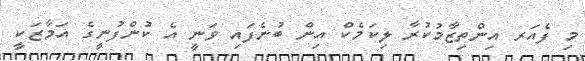
މި ފެއަރ އިންތިޒާމުކުރާ ލިކަމެކް އިން ބުނެފައި ވަނީ އެ ކުންފުނީގެ އަމާޒަކީ